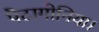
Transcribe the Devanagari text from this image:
पैटागोनिया।